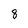
Character: 8